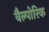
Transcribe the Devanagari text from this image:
वैल्पोरिक